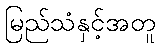
မြည်သံနှင့်အတူ